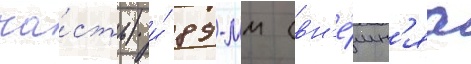
ча́сть) и́ 89-мм (вн'е́шн'яа